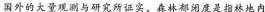
国外的大量观测与研究所证实。森林都闭度是指林地内